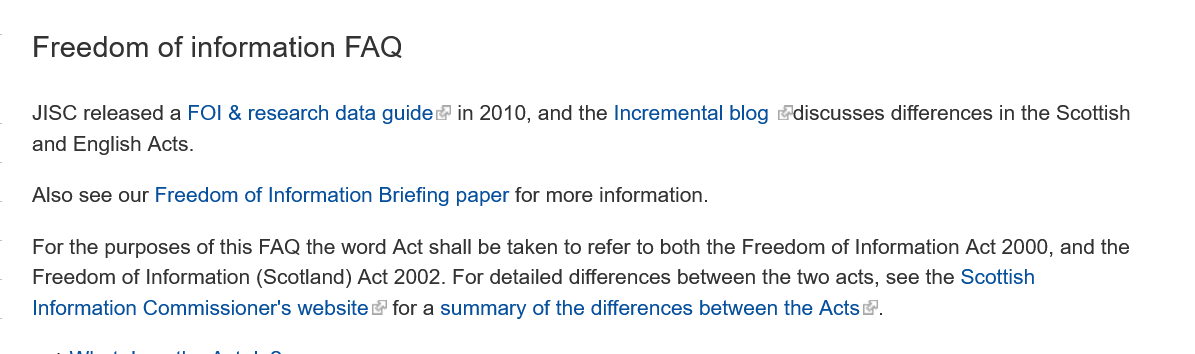
Freedom    of information   FAQ
   JISC released a FOI & research data guide in 2010, and the Incremental blog “discusses differences in the Scottish
   and English Acts.
   Also see our Freedom of Information Briefing paper for more information.
   For the purposes of this FAQ the word Act shall be taken to refer to both the Freedom of Information Act 2000, and the
   Freedom of Information (Scotland) Act 2002. For detailed differences between the two acts, see the Scottish
   Information Commissioner's website & for a summary of the differences between the Acts.